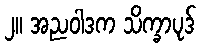
၂။ အညဝါဒက သိက္ခာပုဒ်